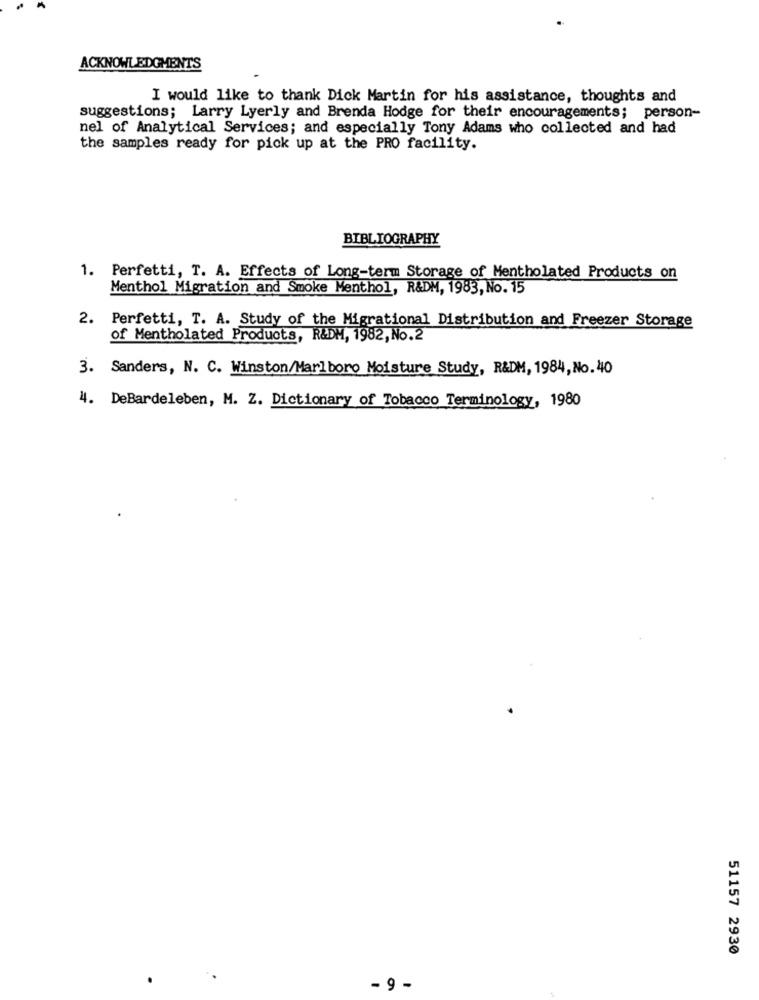
ACKNOWLEDGMENTS
I would like to thank Dick Martin for his assistance, thoughts and
suggestions; Larry Lyerly and Brenda Hodge for their encouragements; person-
nel of Analytical Services; and especially Tony Adams who collected and had
the samples ready for pick up at the PRO facility.
BIBLIOGRAPHY
1. Perfetti, T. A. Effects of Long-term Storage of Mentholated Products on
Menthol Migration and Smoke Menthol, R&DM, 1983, No. 15
2. Perfetti, T. A. Study of the Migrational Distribution and Freezer Storage
of Mentholated Products, R&DM, 1982, No.2
3. Sanders, N. C. Winston/Marlboro Moisture Study, R&DM, 1984, No.40
4. DeBardeleben, M. Z. Dictionary of Tobacco Terminology, 1980
51157 2930
- 9 -